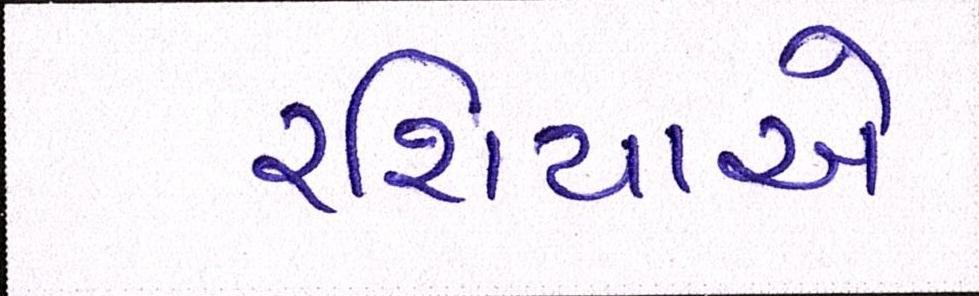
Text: રશિયાએ